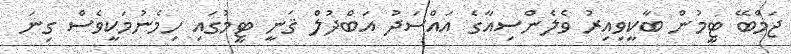
ޖަމްބޭ ޓީމުން ބާކީވިއިރު ވެލެންސިއާގެ އައްސަދު އަބްދުލް ޤަނީ ޓީމުގައި ހިމެނުމަކީވެސް ގިނަ